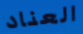
العناد